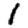
Digit: 1